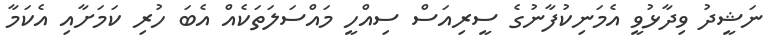
ނަޝީދު ވިދާޅުވީ އެމަނިކުފާނުގެ ސީރިއަސް ސިއްހީ މައްސަލަތަކެއް އެބަ ހުރި ކަމަށާއި އެކަމާ